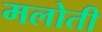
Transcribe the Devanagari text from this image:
मलोती